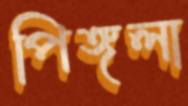
পিঙ্গলা